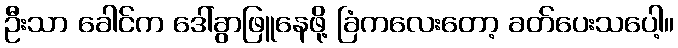
ဦးသာ ခေါင်က ဒေါ်ခွာဖြူနေဖို့ ခြံကလေးတော့ ခတ်ပေးသပေါ့။